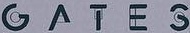
G A T E S